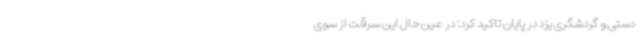
دستی و گردشگری یزد در پایان تاکید کرد: در عین حال این سرقت از سوی